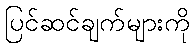
ပြင်ဆင်ချက်များကို